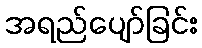
အရည်ပျော်ခြင်း